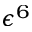
\epsilon ^ { 6 }